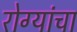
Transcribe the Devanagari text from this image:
रोग्यांचा